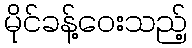
မိုင်ခန့်ဝေးသည့်